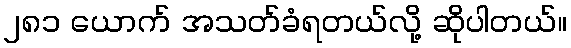
၂၈၁ ယောက် အသတ်ခံရတယ်လို့ ဆိုပါတယ်။